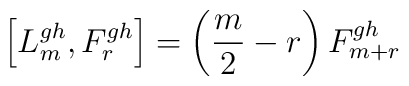
\left [ L_m^{gh} , F_r^{gh} \right ] = \left ( \frac{m}{2} - r \right) F_{m+r}^{gh}